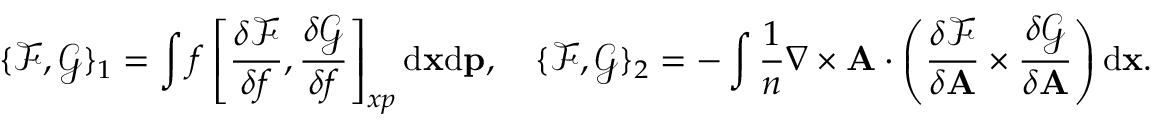
\{ \mathcal { F } , \mathcal { G } \} _ { 1 } = \int f \left[ \frac { \delta \mathcal { F } } { \delta f } , \frac { \delta \mathcal { G } } { \delta f } \right] _ { x p } \mathrm { d } { \mathbf x } \mathrm { d } { \mathbf p } , \quad \{ \mathcal { F } , \mathcal { G } \} _ { 2 } = - \int \frac { 1 } { n } \nabla \times \mathbf { A } \cdot \left( \frac { \delta \mathcal { F } } { \delta { \mathbf A } } \times \frac { \delta \mathcal { G } } { \delta { \mathbf A } } \right) \mathrm { d } { \mathbf x } .